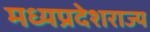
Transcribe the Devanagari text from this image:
मध्यप्रदेशराज्य